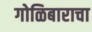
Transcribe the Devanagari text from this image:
गोळिबाराचा